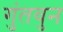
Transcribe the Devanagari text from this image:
गुंतवुन